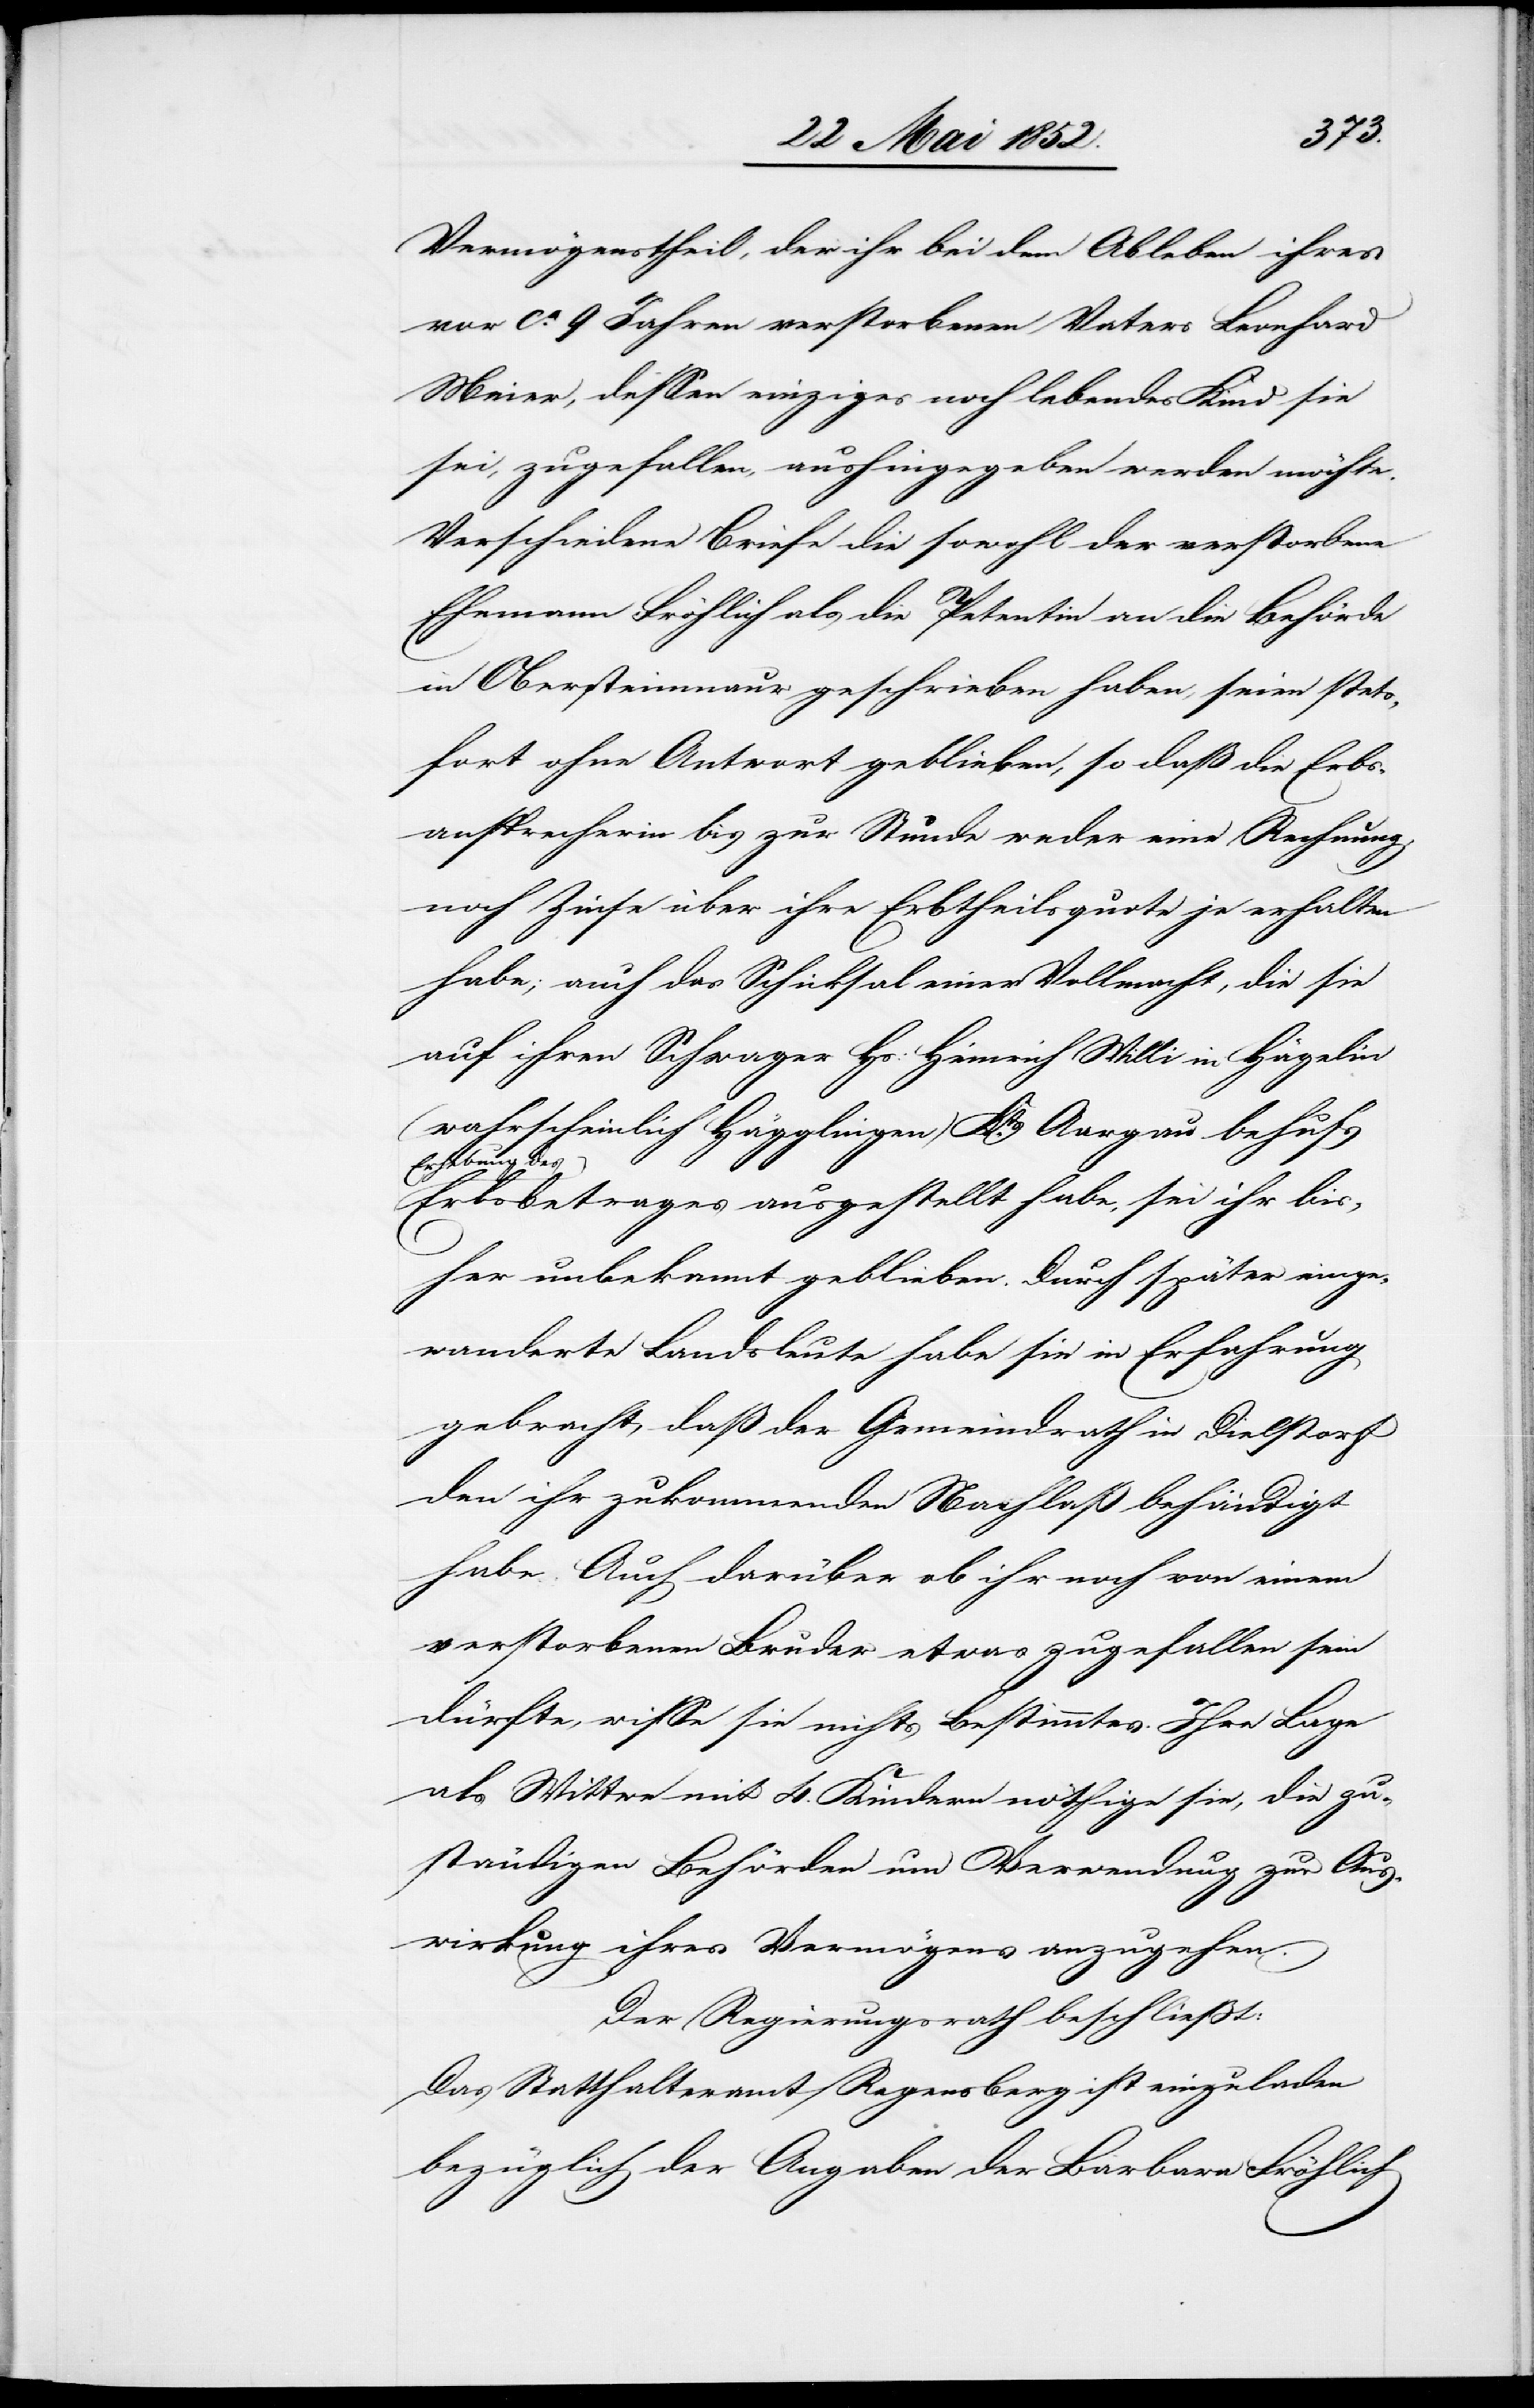
Vermögenstheil, der ihr bei dem Ableben ihres
vor ca. 9 Jahren verstorbenen Vaters Leonhard
Meier, dessen einziges noch lebendes Kind sie
sei, zugefallen, aushingegeben werden möchte.
Verschiedene Briefe die sowohl der verstorbene
Ehemann Fröhlich als die Petentin an die Behörde
in Obersteinmaur geschrieben haben, seien stets¬
fort ohne Antwort geblieben, so daß die Erbs¬
ansprecherin bis zur Stunde weder eine Rechnung,
noch Zinse über ihre Erbtheilsquote je erhalten
habe; auch das Schicksal einer Vollmacht, die sie
auf ihren Schwager Hs: Heinrich Willi in Hägelin
(wahrscheinlich Hägglingen) Kts. Aargau behufs
Erhebung des
Erbsbetrages ausgestellt habe, sei ihr bis¬
her unbekannt geblieben. Durch später einge¬
wanderte Landsleute habe sie in Erfahrung
gebracht, daß der Gemeindrath in Dielstorf
den ihr zukommenden Nachlaß behändigt
habe. Auch darüber ob ihr noch von einem
verstorbenen Bruder etwas zugefallen sein
dürfte, wisse sie nichts Bestimmtes. Ihre Lage
als Wittwe mit 4. Kindern nöthige sie, die zu¬
ständigen Behörden um Verwendung zur Aus¬
wirkung ihres Vermögens anzugehen.
Der Regierungsrath beschliesst:
Das Statthalteramt Regensberg ist einzuladen
bezüglich der Angaben der Barbara Fröhlich